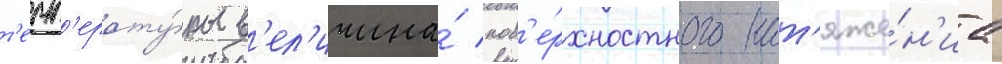
т'емп'ерату́ры в'ел'ичина́ пов'е́рхностного нат'яже́н'иа